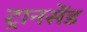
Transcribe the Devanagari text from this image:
ट्रानसेंड